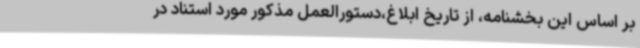
بر اساس این بخشنامه، از تاریخ ابلاغ،دستورالعمل مذکور مورد استناد در